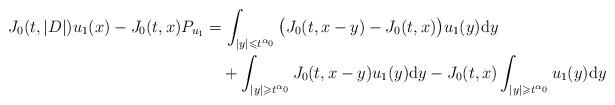
LaTeX: \begin{align*}J_0(t,|D|)u_1(x)-J_0(t,x)P_{u_1}&=\int_{|y|\leqslant t^{\alpha_0}}\big(J_0(t,x-y)-J_0(t,x)\big)u_1(y)\mathrm{d}y\\&\quad+\int_{|y|\geqslant t^{\alpha_0}}J_0(t,x-y)u_1(y)\mathrm{d}y-J_0(t,x)\int_{|y|\geqslant t^{\alpha_0}}u_1(y)\mathrm{d}y\end{align*}